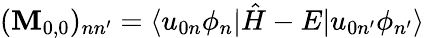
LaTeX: (\mathbf{M}_{0,0})_{nn^{\prime}}=\langle u_{0n}\phi_{n}|\hat{H}-E|u_{0n^{\prime}}\phi_{n^{\prime}}\rangle